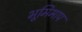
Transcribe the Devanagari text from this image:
भूमिमाप